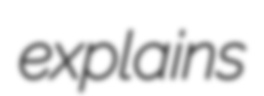
explains